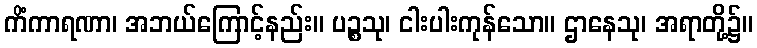
ကိံကာရဏာ၊ အဘယ်ကြောင့်နည်း။ ပဉ္စသု၊ ငါးပါးကုန်သော။ ဌာနေသု၊ အရာတို့၌။